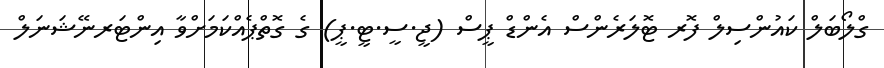
ގްލޯބަލް ކައުންސިލް ފޮރ ޓޮލަރެންސް އެންޑް ޕީސް (ޖީ.ސީ.ޓީ.ޕީ) ގެ ގޮތްޕެއްކަމަށްވާ އިންޓަރނޭޝަނަލް